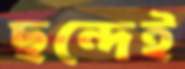
ছন্দেই